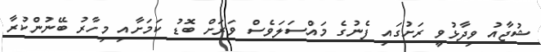
ޝުޖާއު ވިދާޅުވީ ރަށުގައި ފެނުގެ މައްސަލަވެސް ވަރަށް ބޮޑު ކަމަށާއި މިހާރު ބޭނުންކުރާ